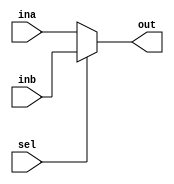
// zhiyang ong 
// andrew mattheisen

module mux128(ina, inb, out, sel);
    //INPUTS
	input [0:127] ina, inb;
	input sel;
	
	// OUTPUTS
	output [0:127] out;
	
	// REGISTERS
	reg [0:127] out;
	
	always @ (ina or inb or sel)
		begin
		out<= sel ? inb : ina;
		end // always @ (ina or inb or sel)
endmodule